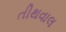
તીથવાલ